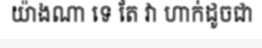
យ៉ាងណា ទេ តែ វា ហាក់ដូចជា